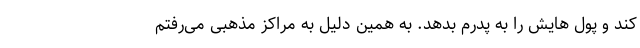
کند و پول هایش را به پدرم بدهد. به همین دلیل به مراکز مذهبی می‌رفتم